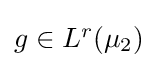
{\textstyle g\in L^{r}(\mu _{2})}